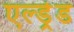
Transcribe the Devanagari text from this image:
एल्ड्रेड